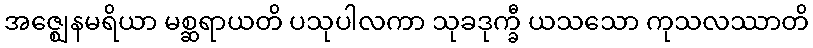
အဇ္ဈေနမရိယာ မစ္ဆရာယတိ ပသုပါလကာ သုခဒုက္ခီ ယသသော ကုသလဿာတိ